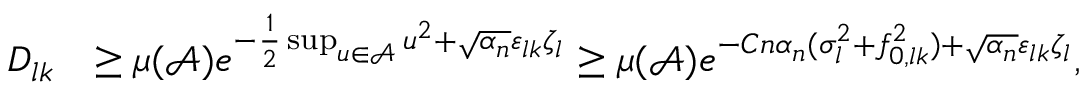
\begin{array} { r l } { D _ { l k } } & { \geq \mu ( \mathcal { A } ) e ^ { - \frac { 1 } { 2 } \operatorname* { s u p } _ { u \in \mathcal { A } } u ^ { 2 } + \sqrt { \alpha _ { n } } \varepsilon _ { l k } \zeta _ { l } } \geq \mu ( \mathcal { A } ) e ^ { - C n \alpha _ { n } ( \sigma _ { l } ^ { 2 } + f _ { 0 , l k } ^ { 2 } ) + \sqrt { \alpha _ { n } } \varepsilon _ { l k } \zeta _ { l } } , } \end{array}